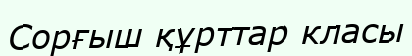
Сорғыш құрттар класы